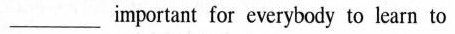
___important for everybody to learn to